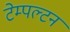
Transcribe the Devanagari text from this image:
टेम्पल्टन